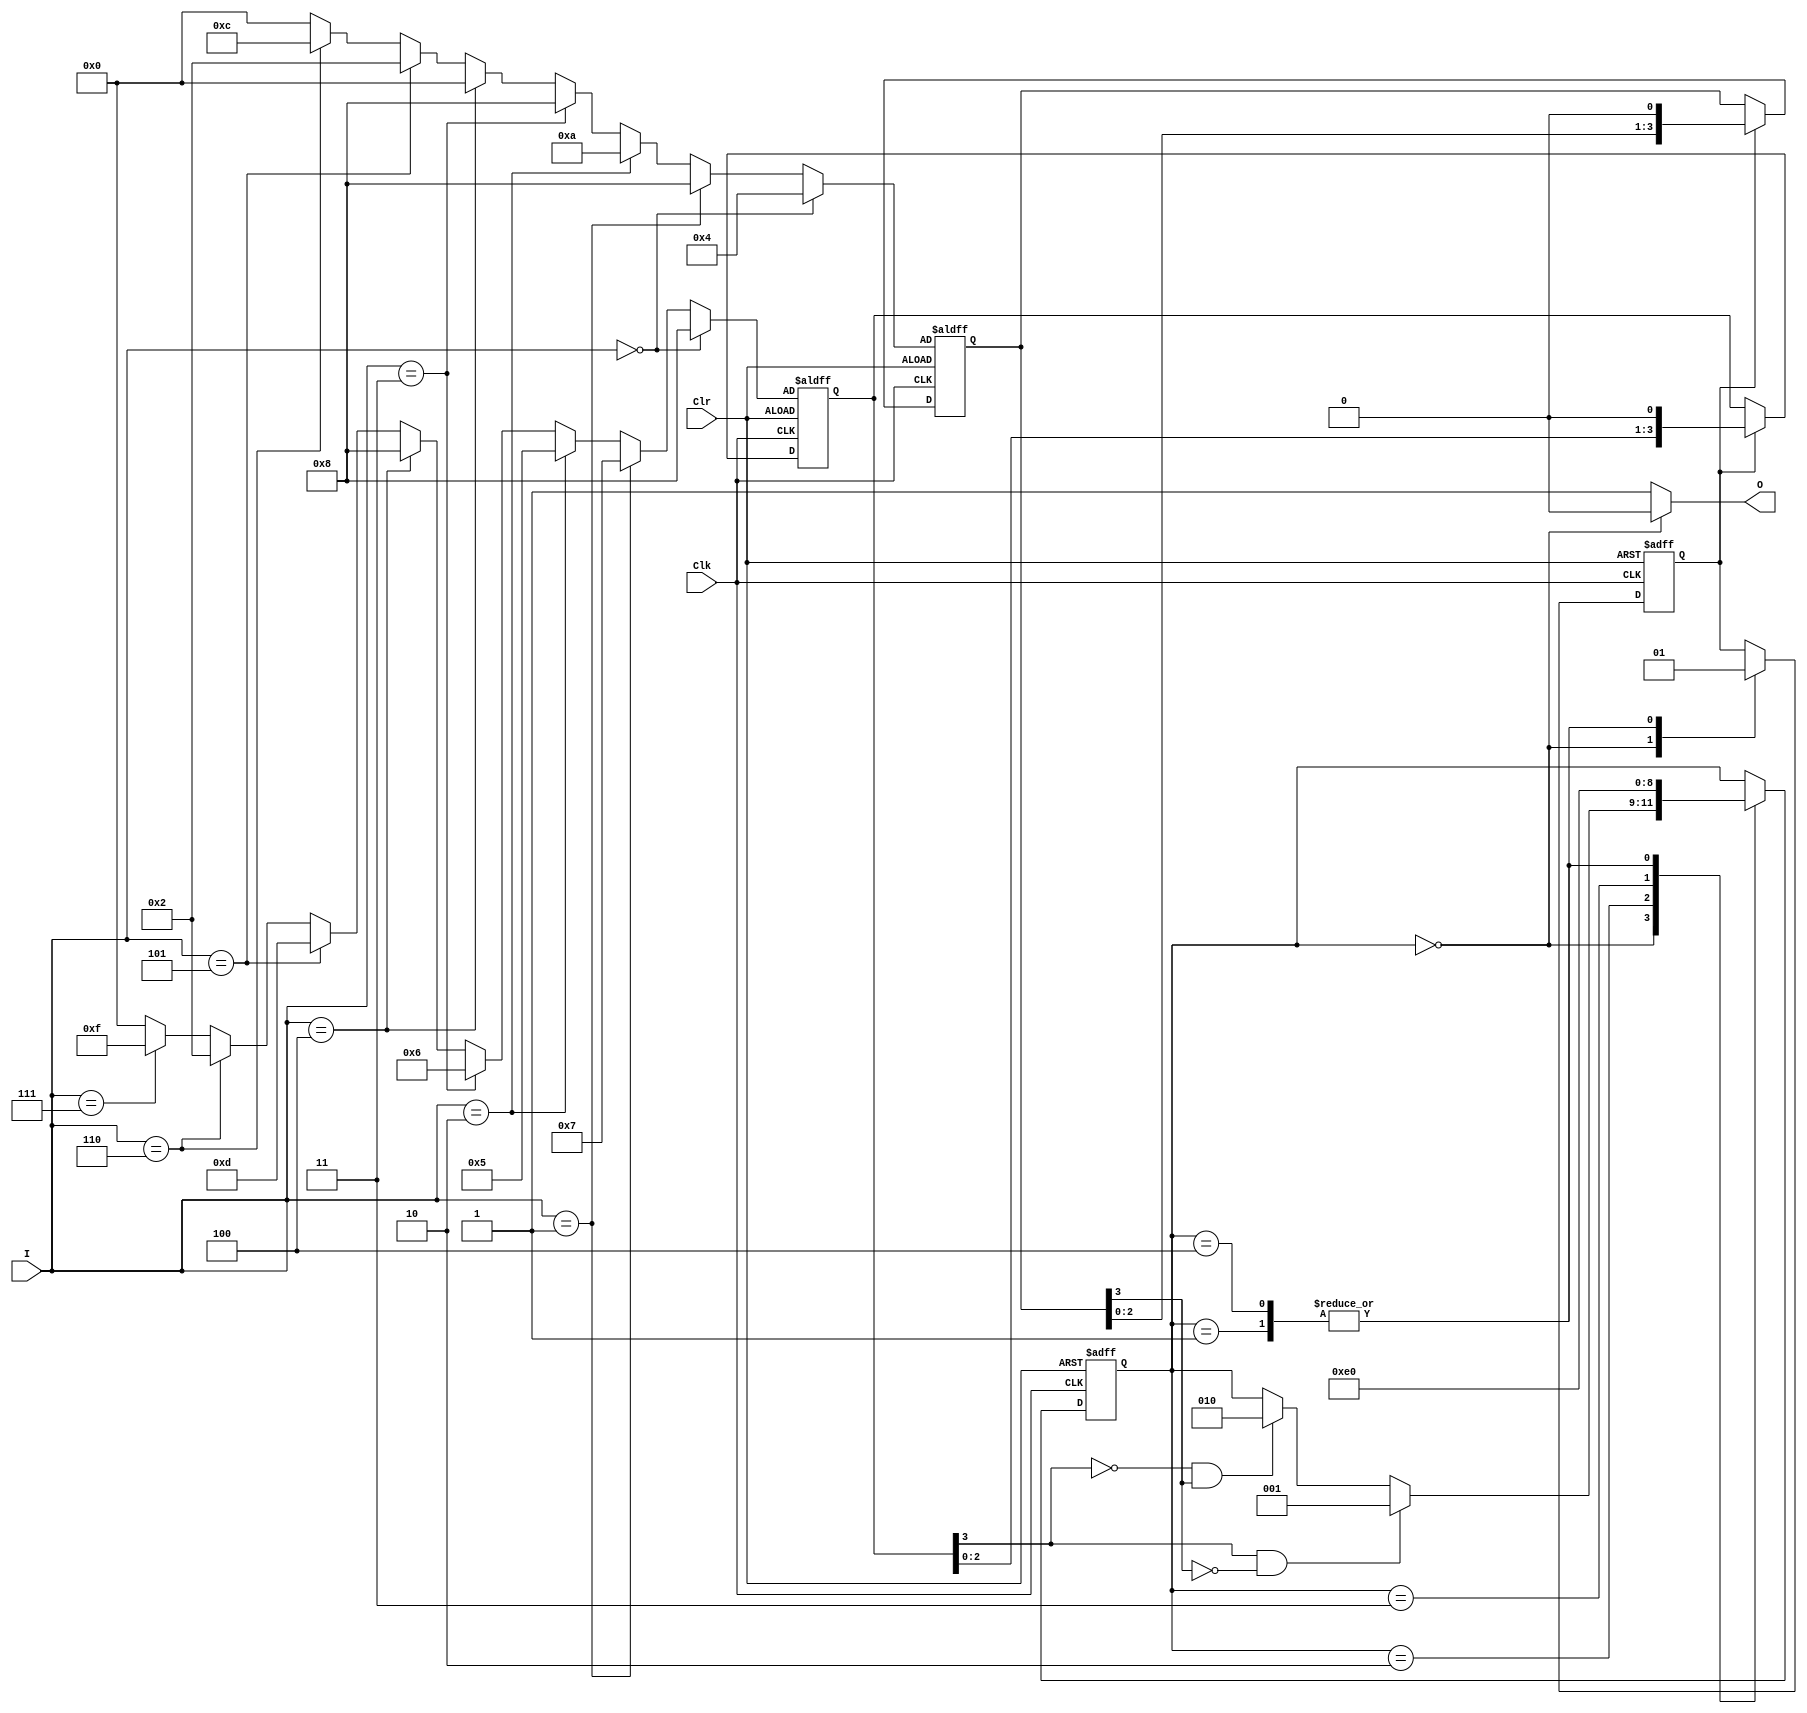
module MorseCode(O,I,Clk,Clr);
input [2:0]I ; 
input Clk,Clr;
output reg O;
localparam [2:0] s0 = 0, s1 =1, s2 = 2, s3 = 3, s4 = 4;
reg [2:0] State;
reg [3:0] MovReg0,MovReg1;
reg Sig;
always@(posedge Clr or negedge Clk)
begin
if(Clr)
begin
	MovReg0 <=	(I == 3'd0)? 4'b1000:
					(I == 3'd1)? 4'b0111:
					(I == 3'd2)? 4'b0101:
					(I == 3'd3)? 4'b0110:
					(I == 3'd4)? 4'b1000:
					(I == 3'd5)? 4'b1101:
					(I == 3'd6)? 4'b0010:
					(I == 3'd7)? 4'b1111:4'b0;
	
	MovReg1 <=	(I == 3'd0)? 4'b0100:
					(I == 3'd1)? 4'b1000:
					(I == 3'd2)? 4'b1010:
					(I == 3'd3)? 4'b1000:
					(I == 3'd4)? 4'b0000:
					(I == 3'd5)? 4'b0010:
					(I == 3'd6)? 4'b1100:
					(I == 3'd7)? 4'b0000:4'b0;
end	
else
	if(Sig)
	begin
	MovReg0 = (MovReg0 << 1);
	MovReg1 = (MovReg1 << 1);
	end
end

always@(posedge Clk or posedge Clr)
begin
if(Clr)
begin
	State <= s0;
	Sig <= 1'b0;
end
else
begin
	case(State)
		s0:
		begin
		Sig <= 1'b0;
		if(MovReg0[3] == 1'b1 && MovReg1[3] == 1'b0)
			State <= s1;
		else
		begin
			if(MovReg0[3] == 1'b0 && MovReg1[3] == 1'b1)
				State <= s2;
		end
		end
		
		s1:
		begin
		Sig <= 1'b1;
		State <= s0;
		end
		
		s2:
		begin
		State <= s3;
		end
		
		s3:
		begin
		State <= s4;
		end
		
		s4:
		begin
		Sig <= 1'b1;
		State <= s0;
		end
		
	endcase
end

end

always@(*)
begin
	if(State == s0)
		O <= 1'b0;
	else
		O <= 1'b1;
end

endmodule